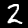
Label: 2